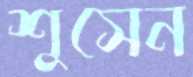
শুসেন